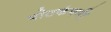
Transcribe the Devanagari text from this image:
पोटकंपनी